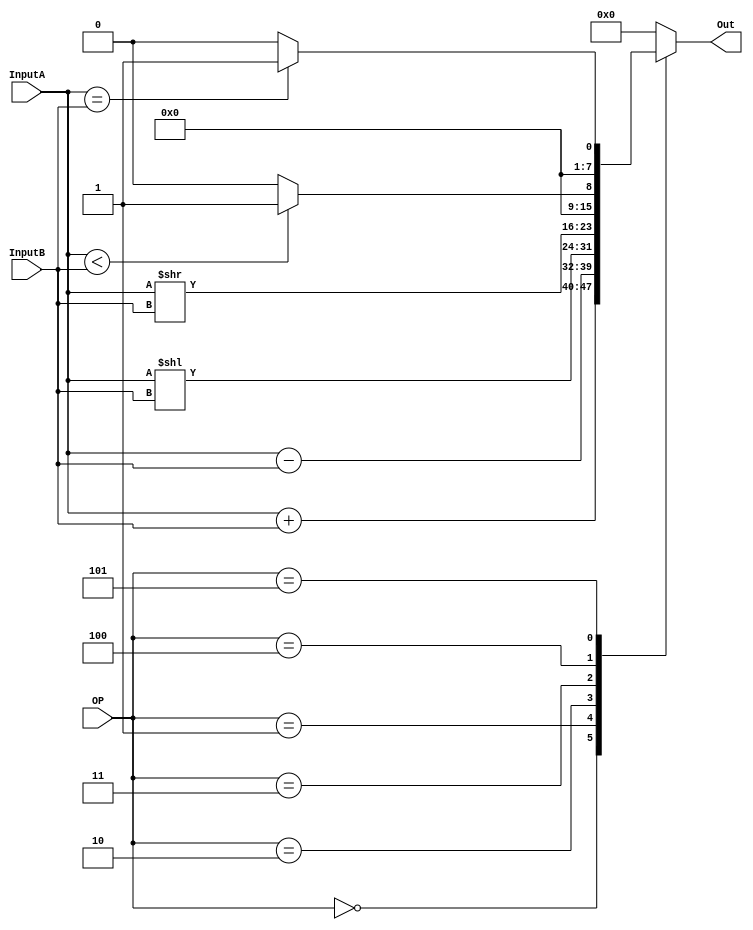
// Module Name:    ALU 
// Project Name:   CSE141L
//
// Revision Fall 2020
// Based on SystemVerilog source code provided by John Eldon
// Comment:
// 

// ! TODO: add, sub, shift left, shift right, set equal, set less than

	 
module ALU(InputA,InputB,OP,Out);

	input [ 7:0] InputA;
	input [ 7:0] InputB;
	input [ 2:0] OP;
	output reg [7:0] Out; // logic in SystemVerilog

	always@* // always_comb in systemverilog
	begin 
		Out = 0;
		case (OP)
		3'b000: Out = InputA + InputB; 				// ADD
		3'b001: Out = InputA - InputB; 				// SUB	
		3'b010: Out = InputA << InputB;				// Shift Left
		3'b011: Out = InputA >> InputB;				// Shift Right
		3'b100: Out = (InputA < InputB) ? 1 : 0;   	// Set Less Than
		3'b101: Out = (InputA == InputB) ? 1 : 0;	// Set Equal
		default: Out = 0;
	  endcase
	
	end 

	// always@*							  // assign Zero = !Out;
	// begin
	// 	case(Out)
	// 		'b0     : Zero = 1'b1;
	// 		default : Zero = 1'b0;
    //   endcase
	// end


endmodule